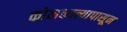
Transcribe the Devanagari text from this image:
कोलकात्त्यापासून